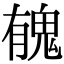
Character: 𩲾